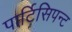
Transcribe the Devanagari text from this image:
पार्टिसिपन्ट